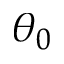
\theta _ { 0 }